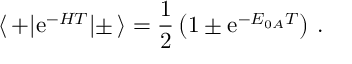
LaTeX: \langle \, + | \mathrm { e } ^ { - H T } | \pm \, \rangle = \frac { 1 } { 2 } \left( 1 \pm \mathrm { e } ^ { - E _ { 0 A } T } \right) \, .